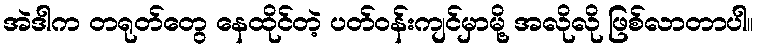
အဲဒါက တရုတ်တွေ နေထိုင်တဲ့ ပတ်ဝန်းကျင်မှာမို့ အလိုလို ဖြစ်လာတာပါ။